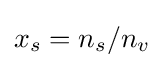
x_{s}=n_{s}/n_{v}